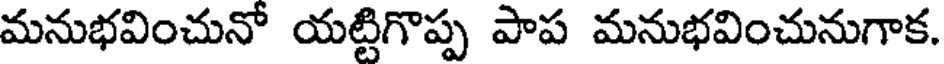
మనుభవించునో యట్టిగొప్ప పాప మనుభవించునుగాక.